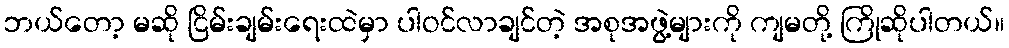
ဘယ်တော့ မဆို ငြိမ်းချမ်းရေးထဲမှာ ပါဝင်လာချင်တဲ့ အစုအဖွဲ့များကို ကျမတို့ ကြိုဆိုပါတယ်။